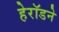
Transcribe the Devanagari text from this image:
हेरॉडने